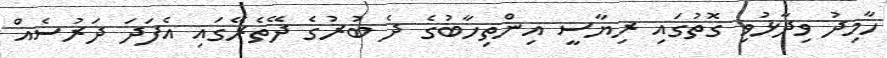
ހާމިދު ވިދާޅުވި ގޮތުގައި ރިޔާސީ އިންތިހާބުގެ ދެ ބުރުގެ ދޭތެރޭގައި އެފަދަ ދަރުސެއް